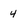
Character: 4